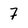
Character: 7